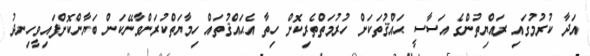
އަދާ ކުރުމުގައި ރައްޔިތުންގެ އަސާސީ ޙައްޤުތަކަށް ހުރުމަތްތެރިކޮށް ހިތާ އެޙައްޤުތައް ހިމާޔަތްކުރަންވާނޭކަން ބަޔާންކޮށްފައިވީހިނދު